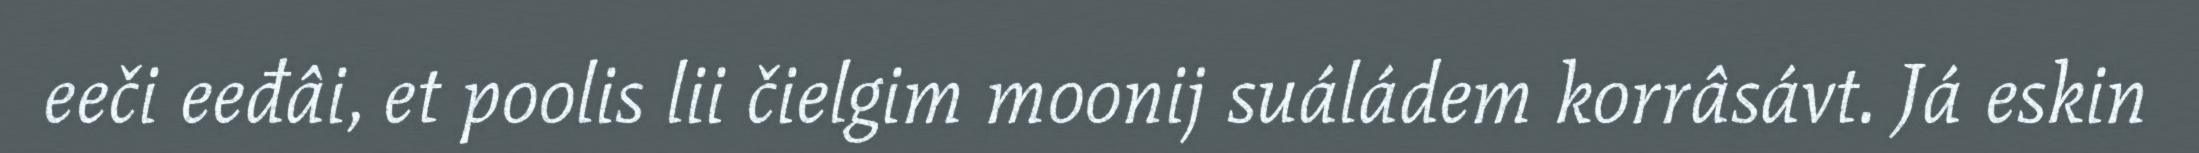
eeči eeđâi, et poolis lii čielgim moonij suáládem korrâsávt. Já eskin